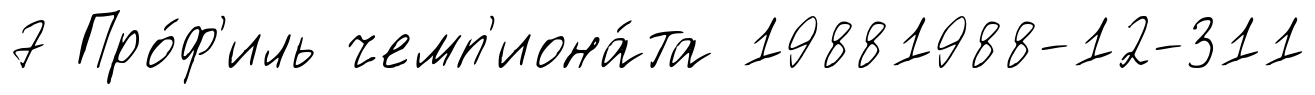
7 Про́ф'иль чемп'иона́та 19881988-12-311